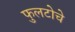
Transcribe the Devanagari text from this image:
फुलटोचे